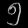
Digit: ၅